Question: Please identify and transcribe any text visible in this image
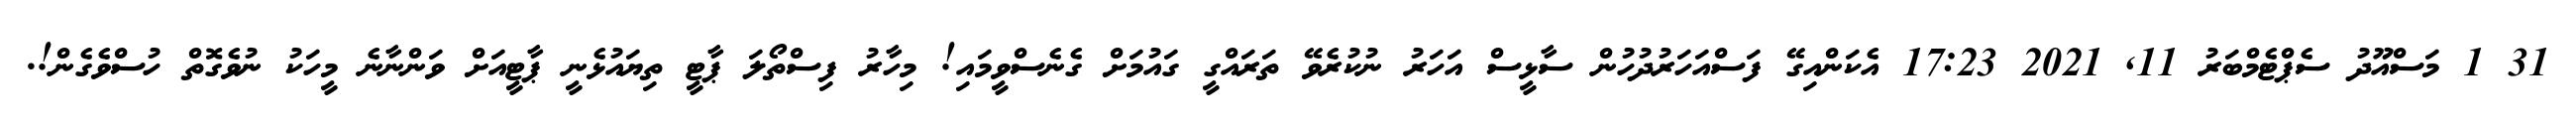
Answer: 31 1 މަސްއޫދު ސެޕްޓެމްބަރު 11, 2021 17:23 އެކަންއިގޭ ފަސްއަހަރުދުހުން ސާޅީސް އަހަރު ނުކުރެވޭ ތަރައްގީ ގައުމަށް ގެނެސްވީމައި! މިހާރު ފިސްތޯލަ ޕާޓީ ތިޔައުޅެނީ ޕާޓީއަށް ވަންނާނެ މީހަކު ނުވެގޮތް ހުސްވެގެން!.